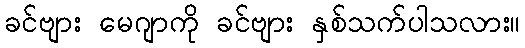
ခင်ဗျား မေဂျာကို ခင်ဗျား နှစ်သက်ပါသလား။